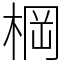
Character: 棡